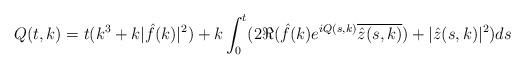
LaTeX: \begin{align*}Q(t,k)= t (k^3+k |\hat{f}(k)|^2) + k\int_0^t (2\Re(\hat{f}(k) e^{ i Q(s,k)} \overline{\hat{z}(s,k)}) + |\hat{z}(s,k)|^2) ds \end{align*}